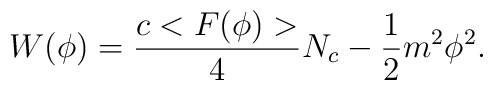
W( \phi)={c <F(\phi)> \over 4}N_c -{1 \over 2}m^2 \phi^2.